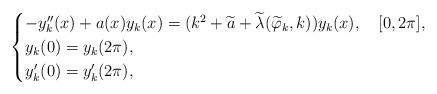
LaTeX: \begin{align*}\begin{cases}-y_k''(x)+a(x)y_k(x)=(k^2+\widetilde a+\widetilde\lambda(\widetilde \varphi_k,k))y_k(x),\quad[0,2\pi],\\y_k(0)=y_k(2\pi),\\y_k'(0)=y_k'(2\pi),\end{cases}\end{align*}